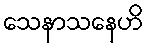
သေနာသနေဟိ